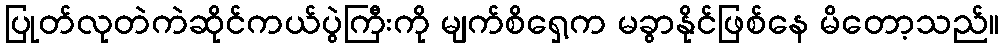
ပြုတ်လုတဲကဲဆိုင်ကယ်ပွဲကြီးကို မျက်စိရှေ့က မခွာနိုင်ဖြစ်နေ မိတော့သည်။